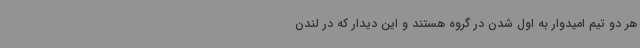
هر دو تیم امیدوار به اول شدن در گروه هستند و این دیدار که در لندن